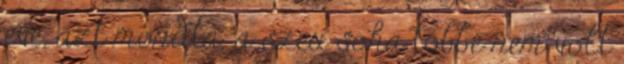
eve, azt mondta, a szex soha tobbe nem volt